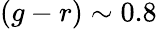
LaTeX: (g-r)\sim 0.8